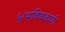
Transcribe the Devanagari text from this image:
५।भविष्यवाणी